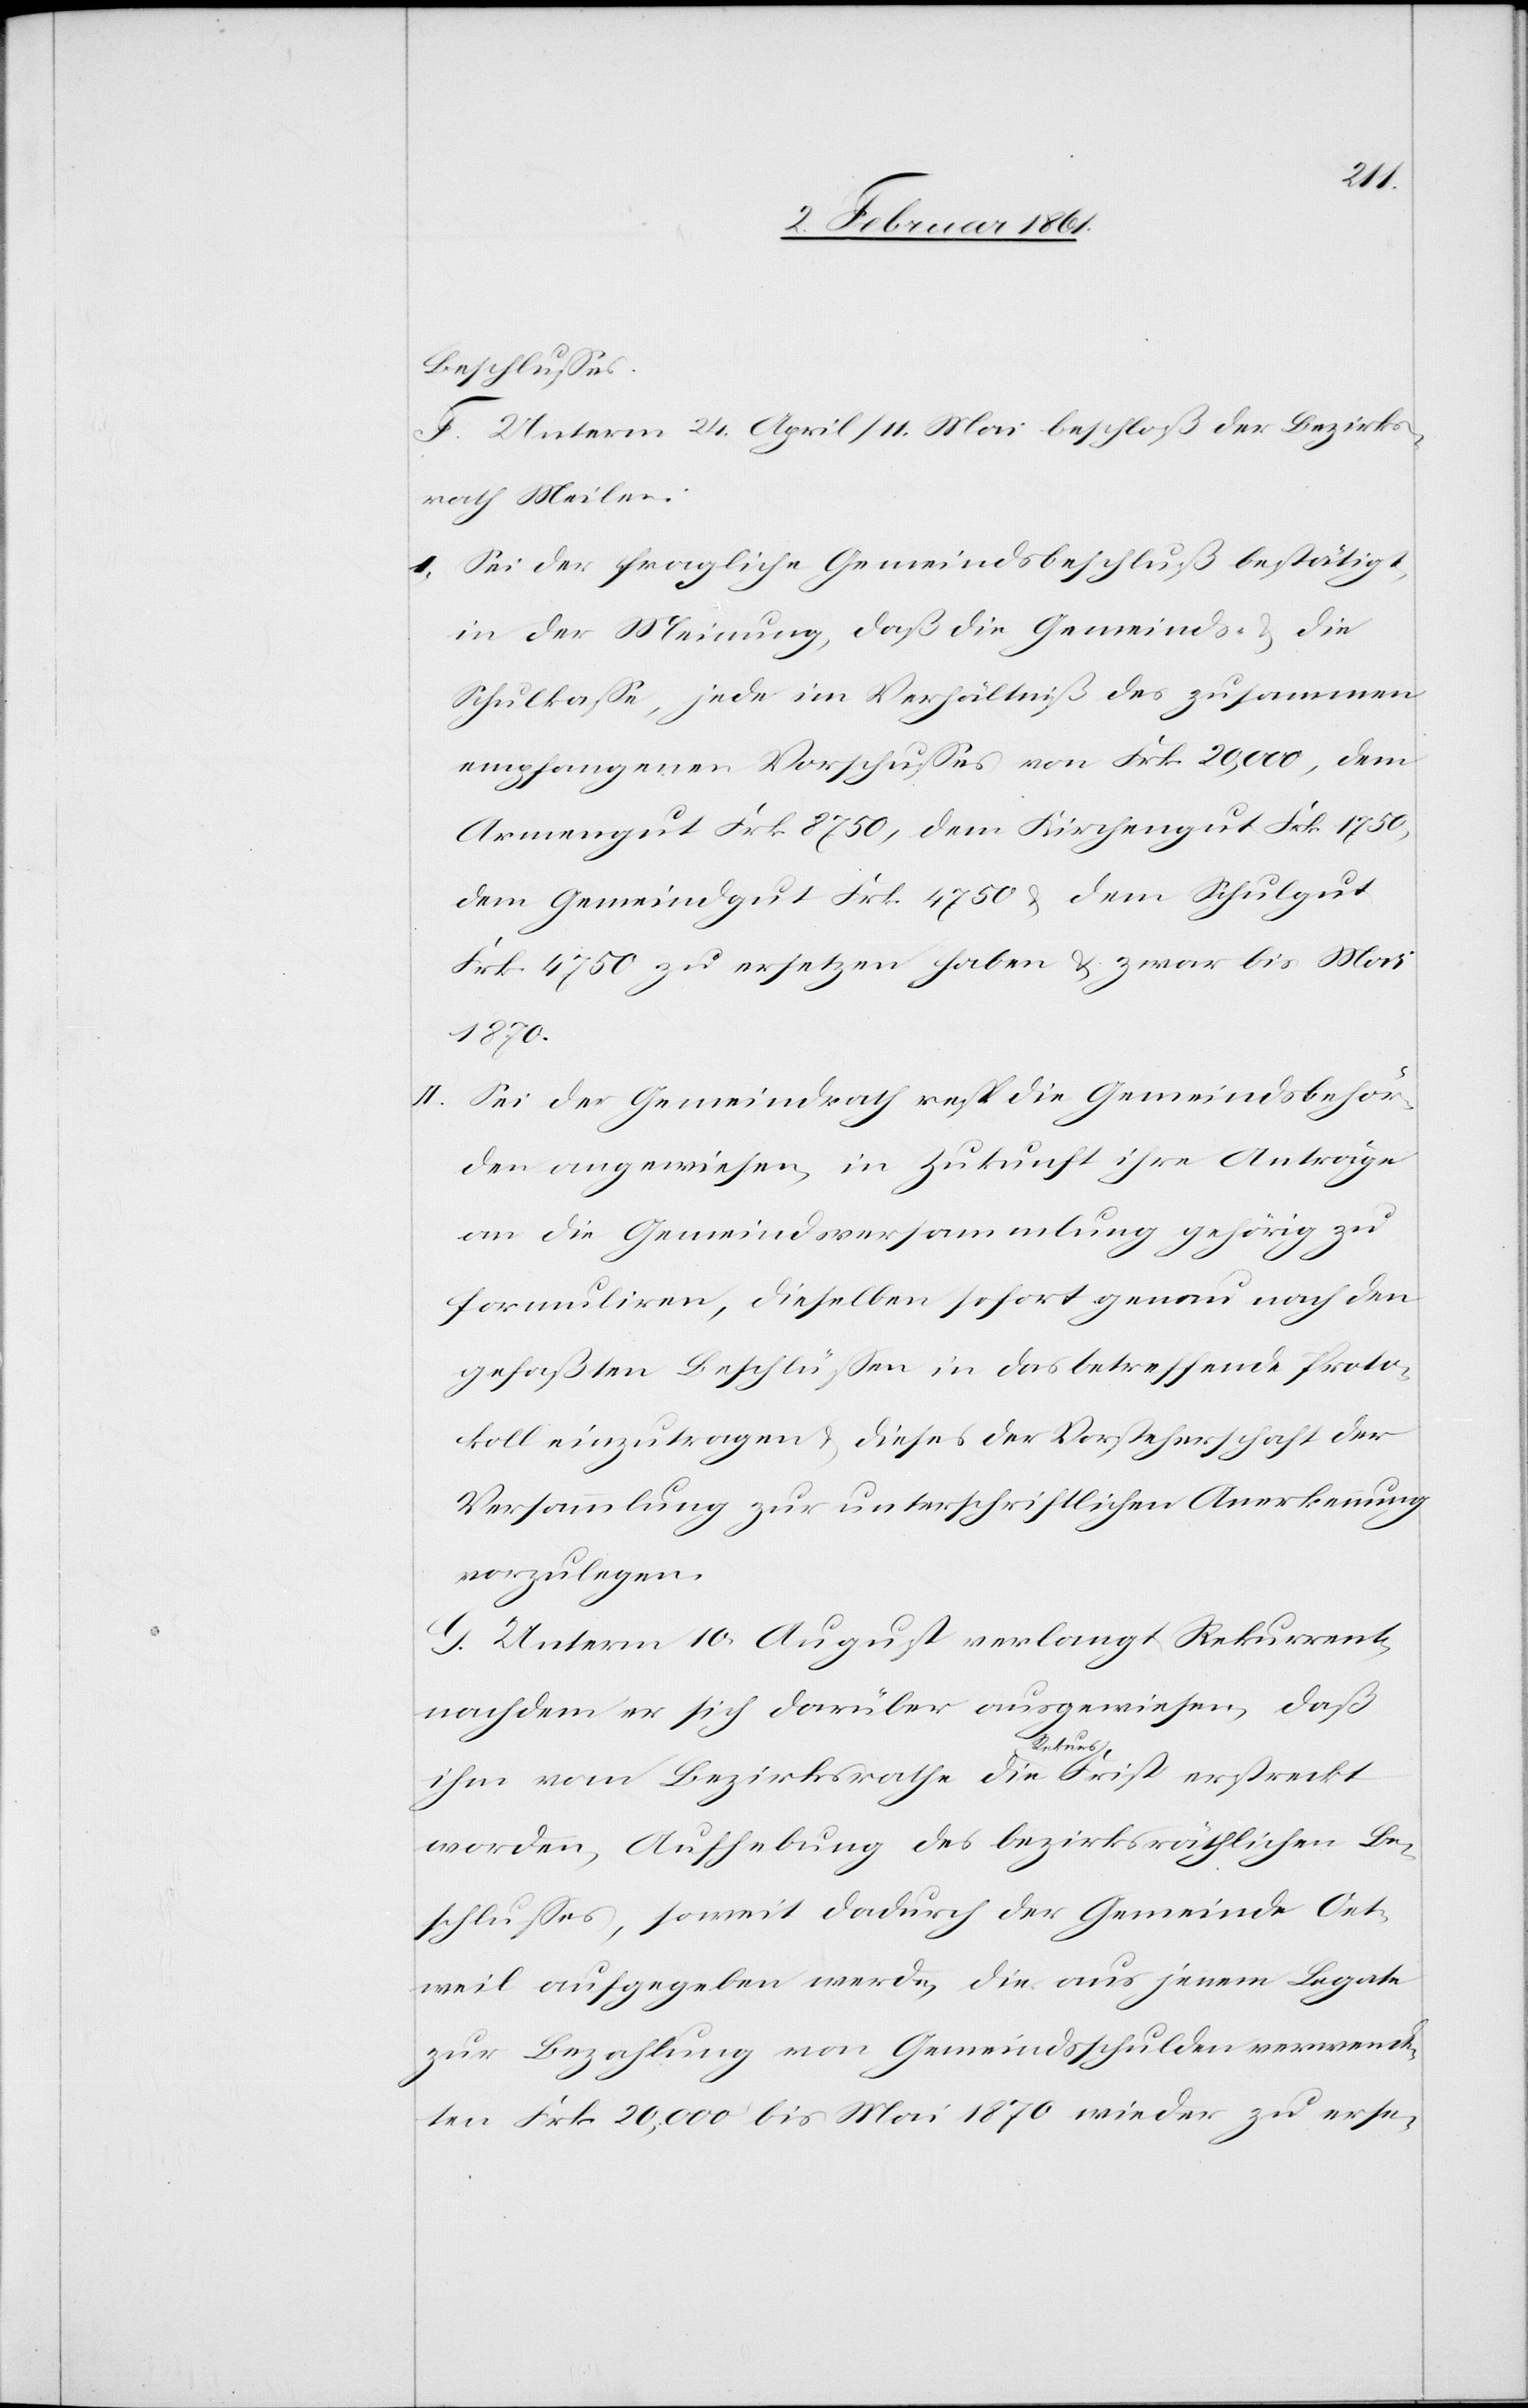
Beschlusses.
F. Unterm 24. April / 11. Mai beschloß der Bezirks¬
rath Meilen:
I. Sei der fragliche Gemeindsbeschluß bestätigt,
in der Meinung, daß die Gemeinds- u. die
Schulkasse, jede im Verhältniß des zusammen
empfangenen Vorschusses von Frk. 20,000, dem
Armengut Frk. 8750, dem Kirchengut Frk. 1750,
dem Gemeindgut Frk. 4750 u. dem Schulgut
Frk. 4750 zu ersetzen haben u. zwar bis Mai
1870.
II. Sei der Gemeindrath resp. die Gemeindsbehör¬
den angewiesen, in Zukunft ihre Anträge
an die Gemeindsversammlung gehörig zu
formuliren, dieselben sofort genau nach den
gefaßten Beschlüssen in das betreffende Proto¬
koll einzutragen u. dieses der Vorsteherschaft der
Versammlung zur unterschriftlichen Anerkennung
vorzulegen.
G. Unterm 10. August verlangt Rekurrent,
nachdem er sich darüber ausgewiesen, daß
ihm vom Bezirksrathe die Rekurs-Frist erstreckt
worden, Aufhebung des bezirksräthlichen Be¬
schlusses, soweit dadurch der Gemeinde Oet¬
weil aufgegeben werde, die aus jenem Legate
zur Bezahlung von Gemeindsschulden verwende¬
ten Frk. 20,000 bis Mai 1870 wieder zu erse-